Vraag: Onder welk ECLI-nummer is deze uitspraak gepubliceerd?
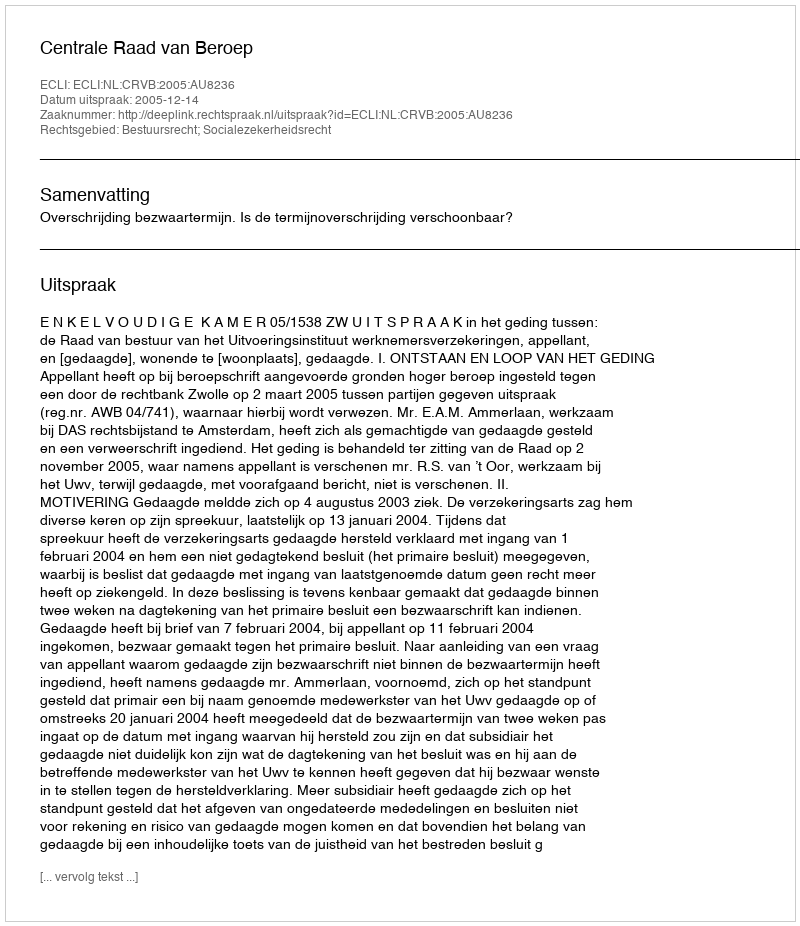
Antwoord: ECLI:NL:CRVB:2005:AU8236